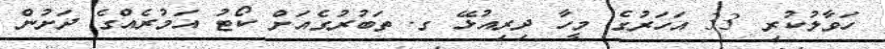
ހަވާލުކުރި 33 އަހަރުގެ މީހާ ދިރިއުޅޭ ގ. ތަބުރުގެއަށް ކޯޓު އަމުރެއްގެ ދަށުން